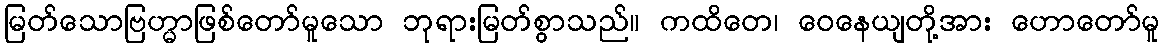
မြတ်သောဗြဟ္မာဖြစ်တော်မူသော ဘုရားမြတ်စွာသည်။ ကထိတေ၊ ဝေနေယျတို့အား ဟောတော်မူ